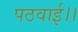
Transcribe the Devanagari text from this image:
पठवाई।।